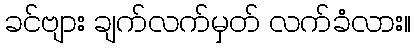
ခင်ဗျား ချက်လက်မှတ် လက်ခံလား။